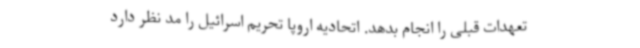
تعهدات قبلی را انجام بدهد. اتحادیه اروپا تحریم اسرائیل را مد نظر دارد